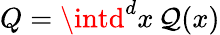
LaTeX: Q=\intd^{d}x\, \mathcal{Q}(x)